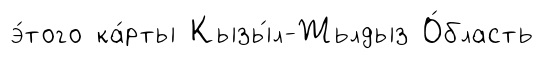
э́того ка́рты Кызы́л-Жьлдыз О́бласть